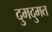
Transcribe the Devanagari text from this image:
दुमदुमत